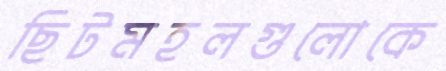
ছিটমহলগুলোকে